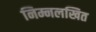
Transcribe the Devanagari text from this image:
निम्नलखित